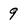
Character: 9